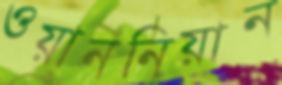
ওয়াননিয়ান